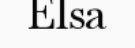
Elsa